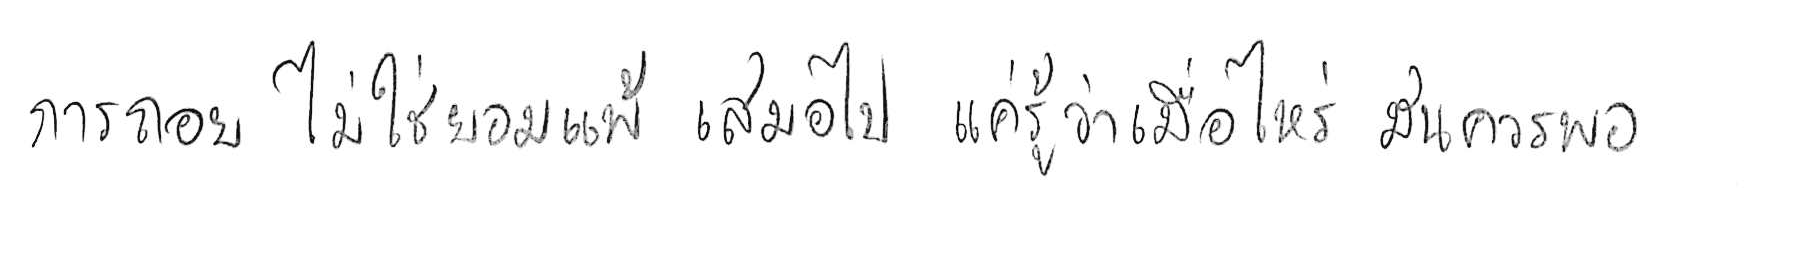
การถอย ไม่ใช่ยอมแพ้ เสมอไป แค่รู้ว่าเมื่อไหร่ มันควรพอ